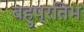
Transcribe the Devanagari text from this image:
बहुप्रतिभ